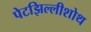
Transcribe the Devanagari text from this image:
पेटझिल्लीशोथ